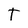
Character: T